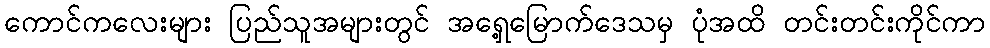
ကောင်ကလေးများ ပြည်သူအများတွင် အရှေ့မြောက်ဒေသမှ ပုံအထိ တင်းတင်းကိုင်ကာ